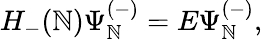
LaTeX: H_{-}({\cal\mathbb{N}})\Psi_{\mathbb{N}}^{(-)}=E\Psi_{\mathbb{N}}^{(-)},